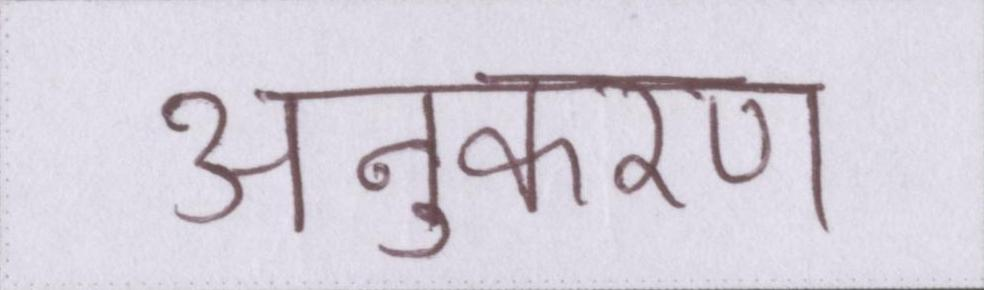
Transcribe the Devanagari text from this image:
अनुकरण